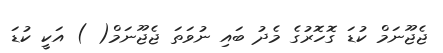
ޖެޖޫނަމް ކުޑަ ގޮހޮރުގެ މެދު ބައި ނުވަތަ ޖެޖޫނަމް( ) އަކީ ކުޑަ